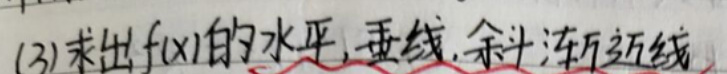
(3)求出$f(x)$的水平、垂直、斜渐近线